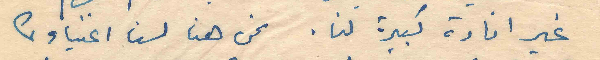
غير افادة كبيرة لنا . نحن هنا لسنا اغنياء كما